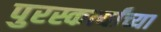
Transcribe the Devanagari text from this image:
पुरस्कर्त्यांच्या